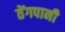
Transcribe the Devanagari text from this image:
तेंगपानी